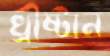
খ্রীষ্টান